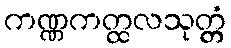
ကဏ္ဏကတ္ထလသုတ္တံ